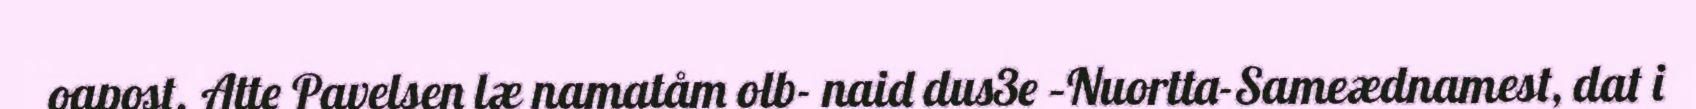
oapost. Atte Pavelsen læ namatåm olb- naid dus3e –Nuortta-Sameædnamest, dat i